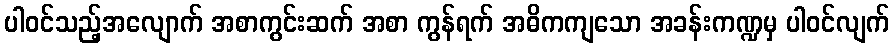
ပါဝင်သည့်အလျောက် အစာကွင်းဆက် အစာ ကွန်ရက် အဓိကကျသော အခန်းကဏ္ဍမှ ပါဝင်လျက်